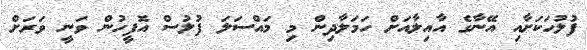
ފުލުހަކަށާއި އޭނާގެ އާއިލާއަށް ހަމަލާދިން މި މައްސަލަ ފުލުސް އޮފީހުން ވަނީ ވަރަށް